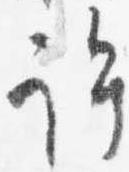
許